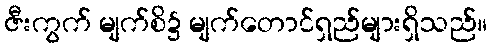
ဇီးကွက် မျက်စိ၌ မျက်တောင်ရှည်များရှိသည်။